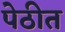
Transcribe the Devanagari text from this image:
पेठीत